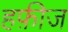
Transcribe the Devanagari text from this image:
हफ़ीज